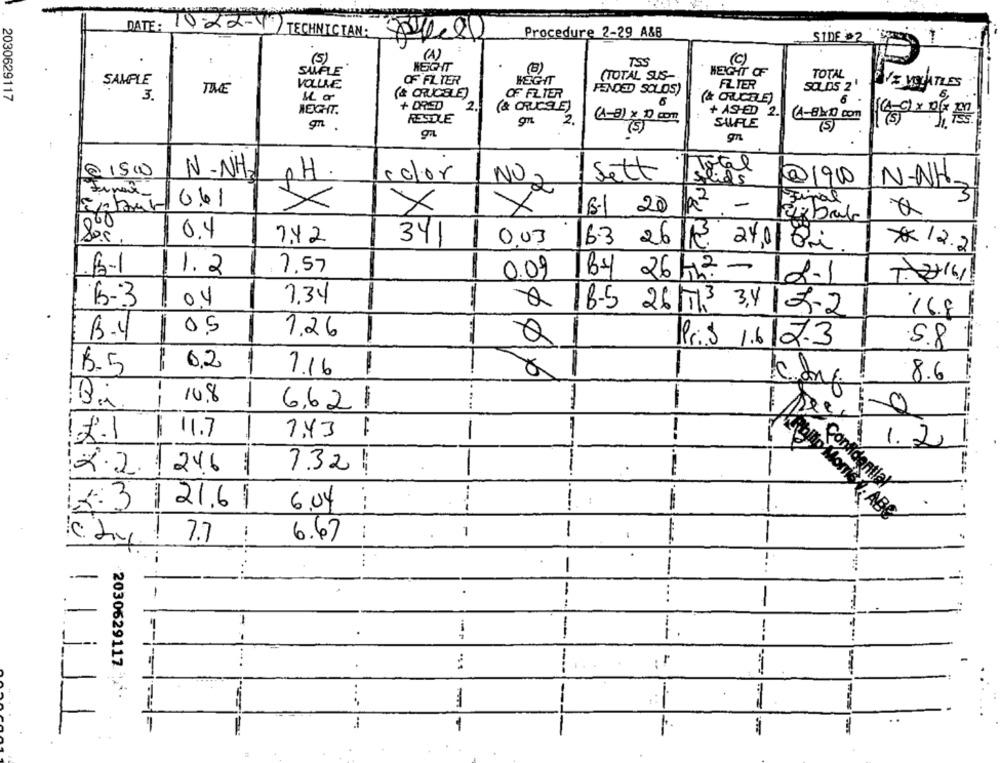
DATE:
Procedure 2-29 A&B
SIDE 02
-
(5)
(1)
TSS
(C)
.
KEGIT
(3)
SAMPLE
(TOTAL SUS-
HEIGHT OF
TOTAL
SAMPLE
VOLLE
OF FILTER
WEGIT
FILTER
THE
FENDED SOLOS)
SOLD5 2
2030629117
3.
(& CRUCBLE)
OF FILTER
(& CRUCELE)
+ DRIED
2
(& CRUCSLE)
6
6
WEIGHT.
+ ASHED 2.
RESDLE
2.
×
SALFLE
(4-840 com
m .
(5)
gn
@1500
N- NH.
PH.
Sett
Total
color
NO
@190
N-NH.
2
Fine-
Q2
0.61
X
-
Final
3
6-1 20)
ERbal
0.4
742
341
003
6.3 26|12 24,0/ or.
12.21
7,57
B-1
1.2
0.09
By 26 Ghz -
12-1
T-2216
6-3
04
7.34
18.5 26 /713 3,4
15-2
16.8
B.Y
1
0,5
1.26
Pris
1.6|2.3
5.8
==
0,2
8.5
7.16
1
-
---
8.6
Bi
--
10.8
6,621
. ....
-
11.7
7.43
1
1.2.1
1.2
-
2.2.
246
7.32
Confidential
21.61
6.04
---
-
1
7.7
6.67 :
----
1
-..
--
-
-
-
...
-
-
--
--
--
2030629117
----
. ..
:1
-
1
111
----